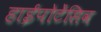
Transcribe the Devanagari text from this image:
हाईपोटेंसिव